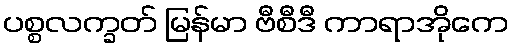
ပစ္စလက္ခတ် မြန်မာ ဗီစီဒီ ကာရာအိုကေ